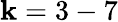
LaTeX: \mathbf{k}=3-7